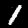
Label: 1